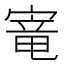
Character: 𫳭